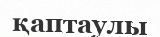
қаптаулы